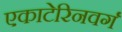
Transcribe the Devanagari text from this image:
एकाटेरिनवर्ग